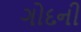
ગોદની